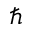
\hbar